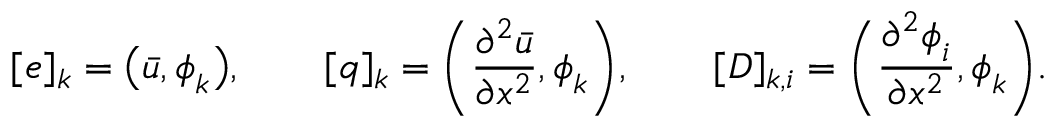
[ \boldsymbol { e } ] _ { k } = \big ( \bar { u } , \boldsymbol { \phi } _ { k } \big ) , \qquad [ \boldsymbol { q } ] _ { k } = \bigg ( \frac { \partial ^ { 2 } \bar { u } } { \partial x ^ { 2 } } , \boldsymbol { \phi } _ { k } \bigg ) , \qquad [ \boldsymbol { D } ] _ { k , i } = \bigg ( \frac { \partial ^ { 2 } \boldsymbol { \phi } _ { i } } { \partial x ^ { 2 } } , \boldsymbol { \phi } _ { k } \bigg ) .